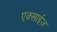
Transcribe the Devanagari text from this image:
एक्साईज़